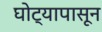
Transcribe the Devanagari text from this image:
घोट्यापासून